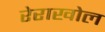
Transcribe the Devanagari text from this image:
रेराखोल